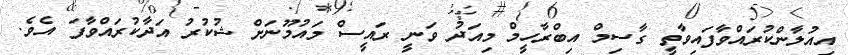
އިއުލާންކުރައްވާފައިވާތީ ގާސިމް އިބްރާހީމް މިއަދު ވަނީ ރައީސް މައުމޫނަށް ޝުކުރު އަދާކުރައްވާފަ އެވެ.